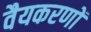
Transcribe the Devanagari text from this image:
वैयकरणों